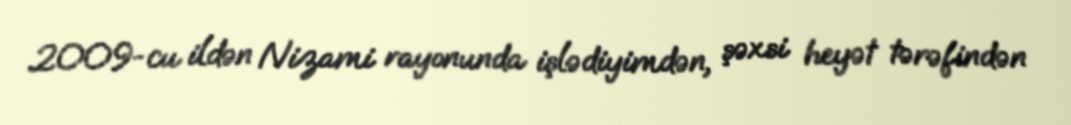
2009-cu ildən Nizami rayonunda işlədiyimdən, şəxsi heyət tərəfindən